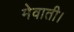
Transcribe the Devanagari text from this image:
मेवाती।